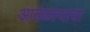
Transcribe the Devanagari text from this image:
आढळल्याचा